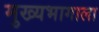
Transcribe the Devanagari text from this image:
मुख्यभागाला